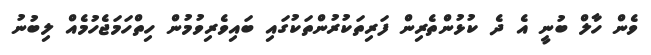
ވެން ހާލް ބުނީ އެ ދެ ކުޅުންތެރިން ފަރިތަކުރުންތަކުގައި ބައިވެރިވުމުން ހިތްހަމަޖެހުމެއް ލިބުނު